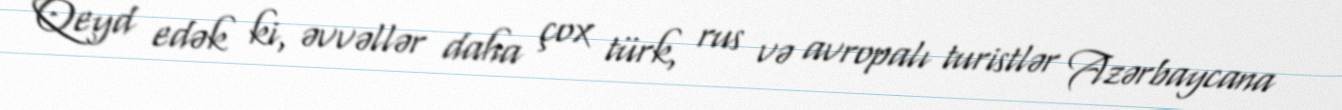
Qeyd edək ki, əvvəllər daha çox türk, rus və avropalı turistlər Azərbaycana